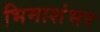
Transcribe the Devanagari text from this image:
भिमाशंभर